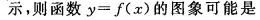
示，则函数$$y = f ( x )$$的图象可能是